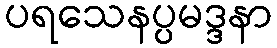
ပရသေနပ္ပမဒ္ဒနာ